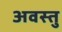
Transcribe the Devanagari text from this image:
अवस्तु